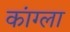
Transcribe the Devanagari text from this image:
कांग्ला